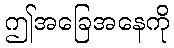
ဤအခြေအနေကို